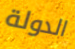
الدولة